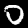
Digit: 0